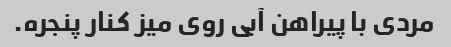
مردی با پیراهن آبی روی میز کنار پنجره.